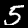
Label: 5